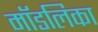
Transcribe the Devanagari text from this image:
मॉडलिका